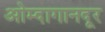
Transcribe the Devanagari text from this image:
ओम्दागानदूर